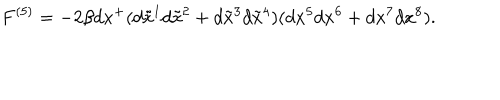
F ^ { ( 5 ) } = - 2 \beta d x ^ { + } ( d \tilde { x } ^ { 1 } d \tilde { x } ^ { 2 } + d \tilde { x } ^ { 3 } d \tilde { x } ^ { 4 } ) ( d x ^ { 5 } d x ^ { 6 } + d x ^ { 7 } d x ^ { 8 } ) .